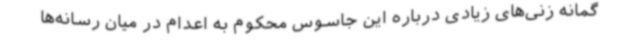
گمانه زنی‌های زیادی درباره این جاسوس محکوم به اعدام در میان رسانه‌ها